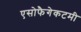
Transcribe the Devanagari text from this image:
एसोफैगेकटमी